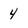
Character: 4